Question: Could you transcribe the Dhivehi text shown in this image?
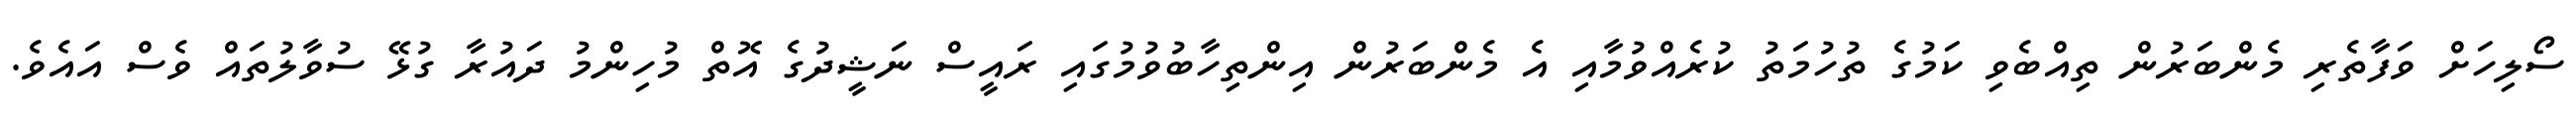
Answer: ސޯލިހަށް ވަފާތެރި މެންބަރުން ތިއްބެވި ކަމުގެ ތުހުމަތު ކުރެއްވުމާއި އެ މެންބަރުން އިންތިހާބުވުމުގައި ރައީސް ނަޝީދުގެ އޮތް މުހިންމު ދައުރާ ގުޅޭ ސުވާލުތައް ވެސް އައެވެ.